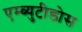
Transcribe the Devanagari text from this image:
एम्ब्युटीडोस